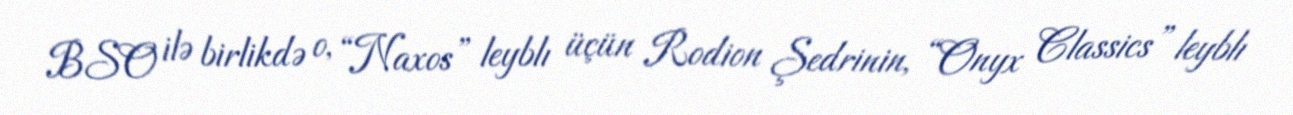
BSO ilə birlikdə o, “Naxos” leyblı üçün Rodion Şedrinin, “Onyx Classics” leyblı